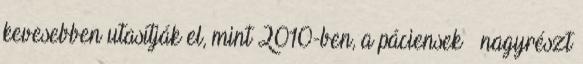
kevesebben utasítják el, mint 2010-ben, a páciensek – nagyrészt